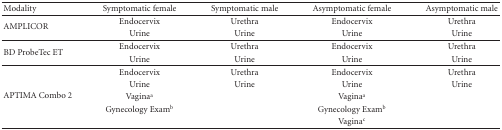
| Modality | Symptomatic female | Symptomatic male | Asymptomatic female | Asymptomatic male |
 | --- | --- | --- | --- | --- |
 | <ROWSPAN=2> AMPLICOR | Endocervix | Urethra | Endocervix | Urethra |
 | Urine | Urine | Urine | Urine |
 | <ROWSPAN=2> BD ProbeTec ET | Endocervix | Urethra | Endocervix | Urethra |
 | Urine | Urine | Urine | Urine |
 | <ROWSPAN=5> APTIMA Combo 2 | Endocervix | Urethra | Endocervix | Urethra |
 | Urine | Urine | Urine | Urine |
 | Vaginaa |  | Vaginaa |  |
 | Gynecology Examb |  | Gynecology Examb |  |
 |  |  | Vaginac |  |